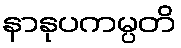
နာနုပကမ္ပတိ